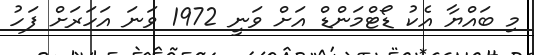
މި ބައްޔާ އެކު ޑޯޓްމަންޑް އަށް ވަނީ 1972 ވަނަ އަހަރަށް ފަހު